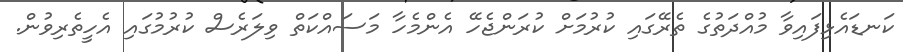
ކަނޑައެޅިފައިވާ މުއްދަތުގެ ތެރޭގައި ކުރުމަށް ކުރަންޖެހޭ އެންމެހާ މަސައްކަތް ވިލަރެސް ކުރުމުގައި އެހީތެރިވުން.